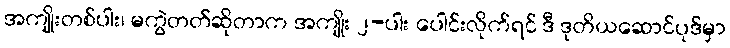
အကျိုးတစ်ပါး၊ မကွဲတတ်ဆိုတာက အကျိုး ၂-ပါး ပေါင်းလိုက်ရင် ဒီ ဒုတိယဆောင်ပုဒ်မှာ